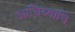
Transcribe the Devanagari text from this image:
आधिव्याधि